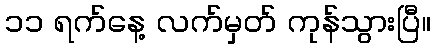
၁၁ ရက်နေ့ လက်မှတ် ကုန်သွားပြီ။